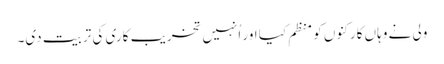
ولی نے وہاں کارکنوں کو منظم کیا اور اُنہیں تخریب کاری کی تربیت دی۔